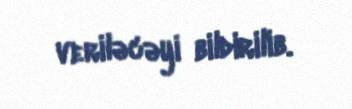
veriləcəyi bildirilib.